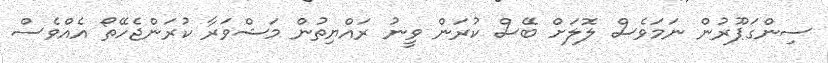
ސިންގަޕޫރުން ނަމަވެސް ލޮލަށް ބޭސް ކުރަން ވީނު ރައްޔިތުން މަޝްވަރާ ކުރަންޖެހޭތޯ އެއްވެސް